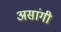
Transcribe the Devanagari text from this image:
असांगी